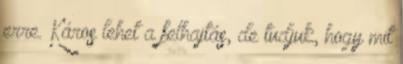
erre. Káros lehet a felhajtás, de tudjuk, hogy mit